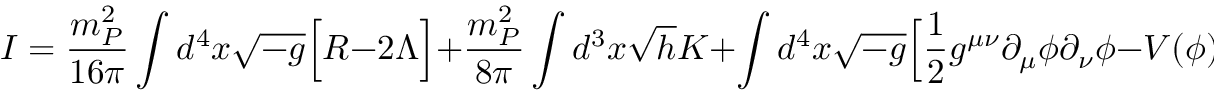
I = \frac { m _ { P } ^ { 2 } } { 1 6 \pi } \int d ^ { 4 } x \sqrt { - g } \Bigl [ R - 2 \Lambda \Bigr ] + \frac { m _ { P } ^ { 2 } } { 8 \pi } \int d ^ { 3 } x \sqrt { h } K + \int d ^ { 4 } x \sqrt { - g } \Bigl [ \frac { 1 } { 2 } g ^ { \mu \nu } \partial _ { \mu } \phi \partial _ { \nu } \phi - V ( \phi ) \Bigr ] ,